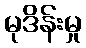
မုဒိန်းမှု